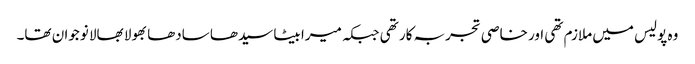
وہ پولیس میں ملازم تھی اور خاصی تجربہ کار تھی جبکہ میرا بیٹا سیدھا سادھا بھولا بھالا نوجوان تھا۔